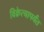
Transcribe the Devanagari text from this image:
विक्रेत्यापर्यंत